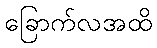
ခြောက်လအထိ